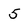
Character: 5